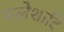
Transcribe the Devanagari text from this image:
क्लेशादि